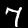
Digit: 7